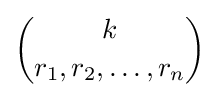
{k \choose r_{1},r_{2},\ldots ,r_{n}}